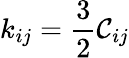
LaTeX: k_{ij}=\frac{3}{2}\mathcal{C}_{ij}